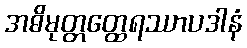
အဓိမုတ္တတ္ထေရဿာပဒါနံ